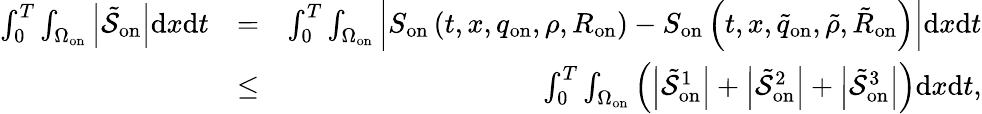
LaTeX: \begin{array}{rlr}{\int_{0}^{T}\int_{\Omega_{\mathrm{on}}}\left|\tilde{\mathcal{S}}_{\mathrm{on}}\right|\mathrm{d}x\mathrm{d}t}&{=}&{\int_{0}^{T}\int_{\Omega_{\mathrm{on}}}\left|S_{\mathrm{on}}\left(t,x,q_{\mathrm{on}},\rho,R_{\mathrm{on}}\right)-S_{\mathrm{on}}\left(t,x,\tilde{q}_{\mathrm{on}},\tilde{\rho},\tilde{R}_{\mathrm{on}}\right)\right|\mathrm{d}x\mathrm{d}t}\\ &{\leq}&{\int_{0}^{T}\int_{\Omega_{\mathrm{on}}}\left(\left|\tilde{\mathcal{S}}_{\mathrm{on}}^{1}\right|+\left|\tilde{\mathcal{S}}_{\mathrm{on}}^{2}\right|+\left|\tilde{\mathcal{S}}_{\mathrm{on}}^{3}\right|\right)\mathrm{d}x\mathrm{d}t,}\end{array}